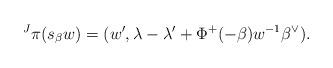
LaTeX: \begin{align*}\prescript J{}\pi(s_\beta w) = (w', \lambda - \lambda' + \Phi^+(-\beta)w^{-1}\beta^\vee).\end{align*}